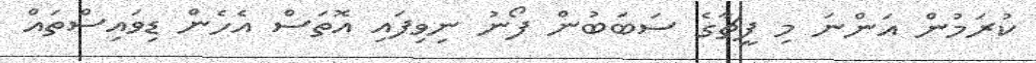
ކުރަމުން އަންނަ މި ފީޗާގެ ސަބަބުން ފޯނު ނިވިފައި އޮތަސް އެހެން ޑިވައިސްތައް